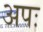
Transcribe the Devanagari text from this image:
अपः